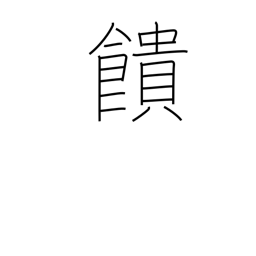
Meaning: offer